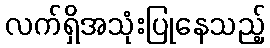
လက်ရှိအသုံးပြုနေသည့်